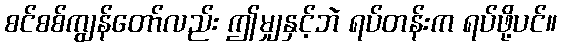
စင်စစ်ကျွန်တော်လည်း ဤမျှနှင့်ဘဲ ရပ်တန်းက ရပ်ဖို့ပင်။